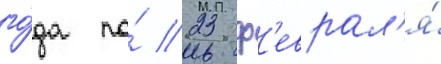
го́да по́ 23 ф'еврал'я́